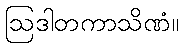
ဩဒါတကာသိဏံ။